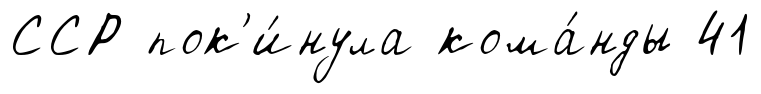
ССР пок'и́нула кома́нды 41